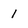
Character: 1